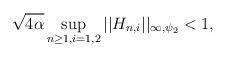
LaTeX: \begin{align*}\sqrt{4\alpha}\sup_{n \ge 1, i=1,2} ||H_{n,i}||_{\infty, \psi_2} <1, \end{align*}